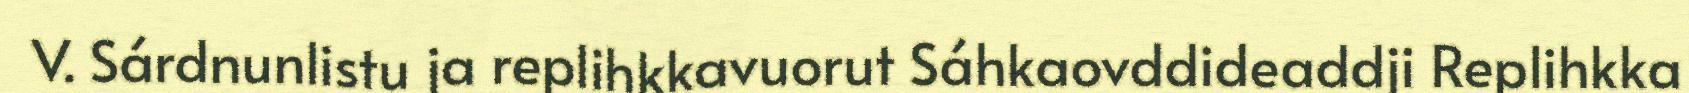
V. Sárdnunlistu ja replihkkavuorut Sáhkaovddideaddji Replihkka